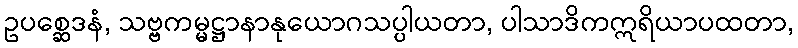
ဥပစ္ဆေဒနံ, သဗ္ဗကမ္မဋ္ဌာနာနုယောဂသပ္ပါယတာ, ပါသာဒိကဣရိယာပထတာ,